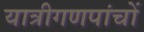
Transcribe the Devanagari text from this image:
यात्रीगणपांचों